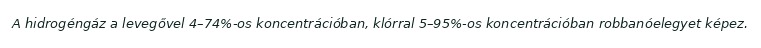
A hidrogéngáz a levegővel 4–74%-os koncentrációban, klórral 5–95%-os koncentrációban robbanóelegyet képez.